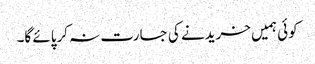
کوئی ہمیں خریدنے کی جسارت نہ کرپائے گا۔